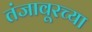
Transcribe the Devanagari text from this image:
तंजावूरच्या